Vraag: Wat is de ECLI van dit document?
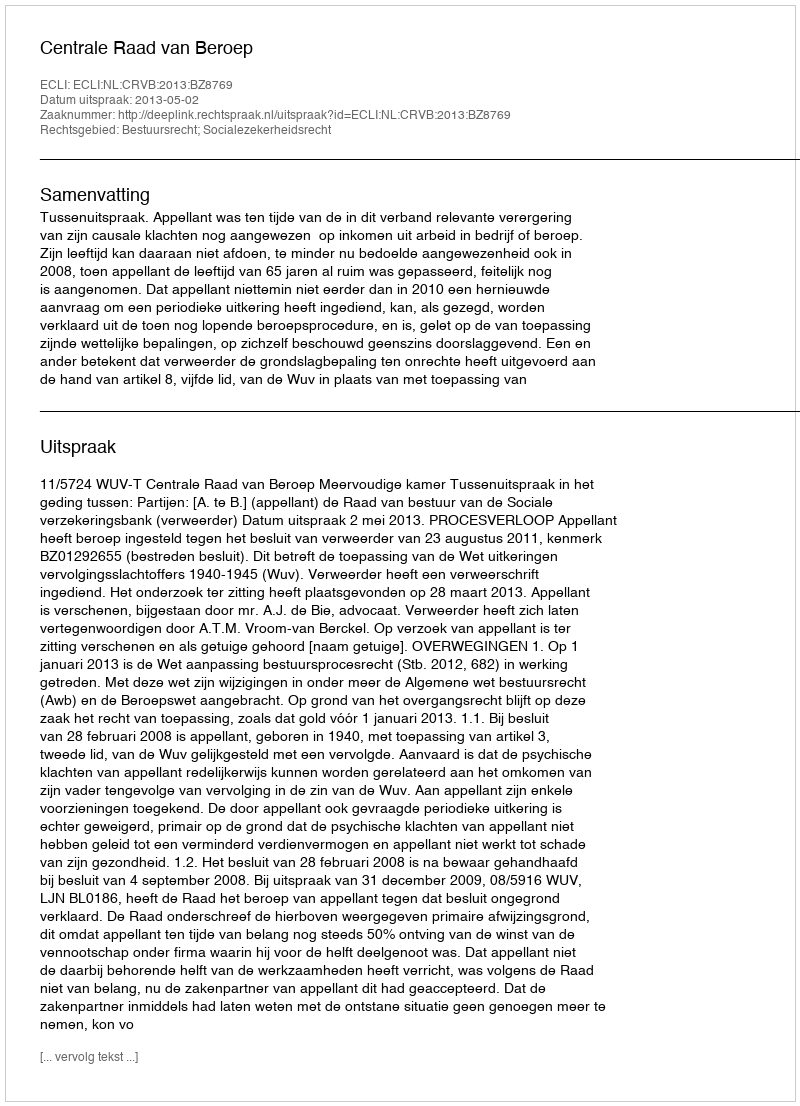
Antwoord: ECLI:NL:CRVB:2013:BZ8769